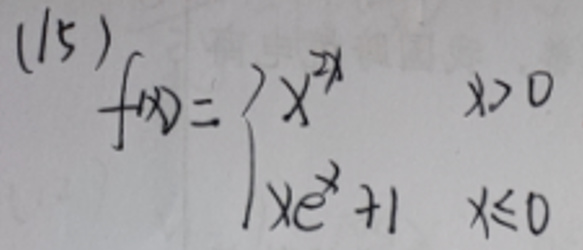
\[
(15)\quad f(x)=\begin{cases}
x^{2x}&x > 0\\
xe^{x}+1&x\leqslant0
\end{cases}
\]